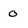
Character: 0